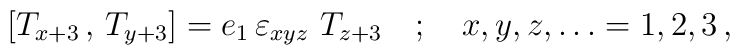
\left[  T_{x+3} \, , \, T_{y+3}\right]   =  e_1 \,\varepsilon_{xyz} \, \,  T_{z+3}\quad ; \quad x,y,z , \dots = 1,2,3\,,